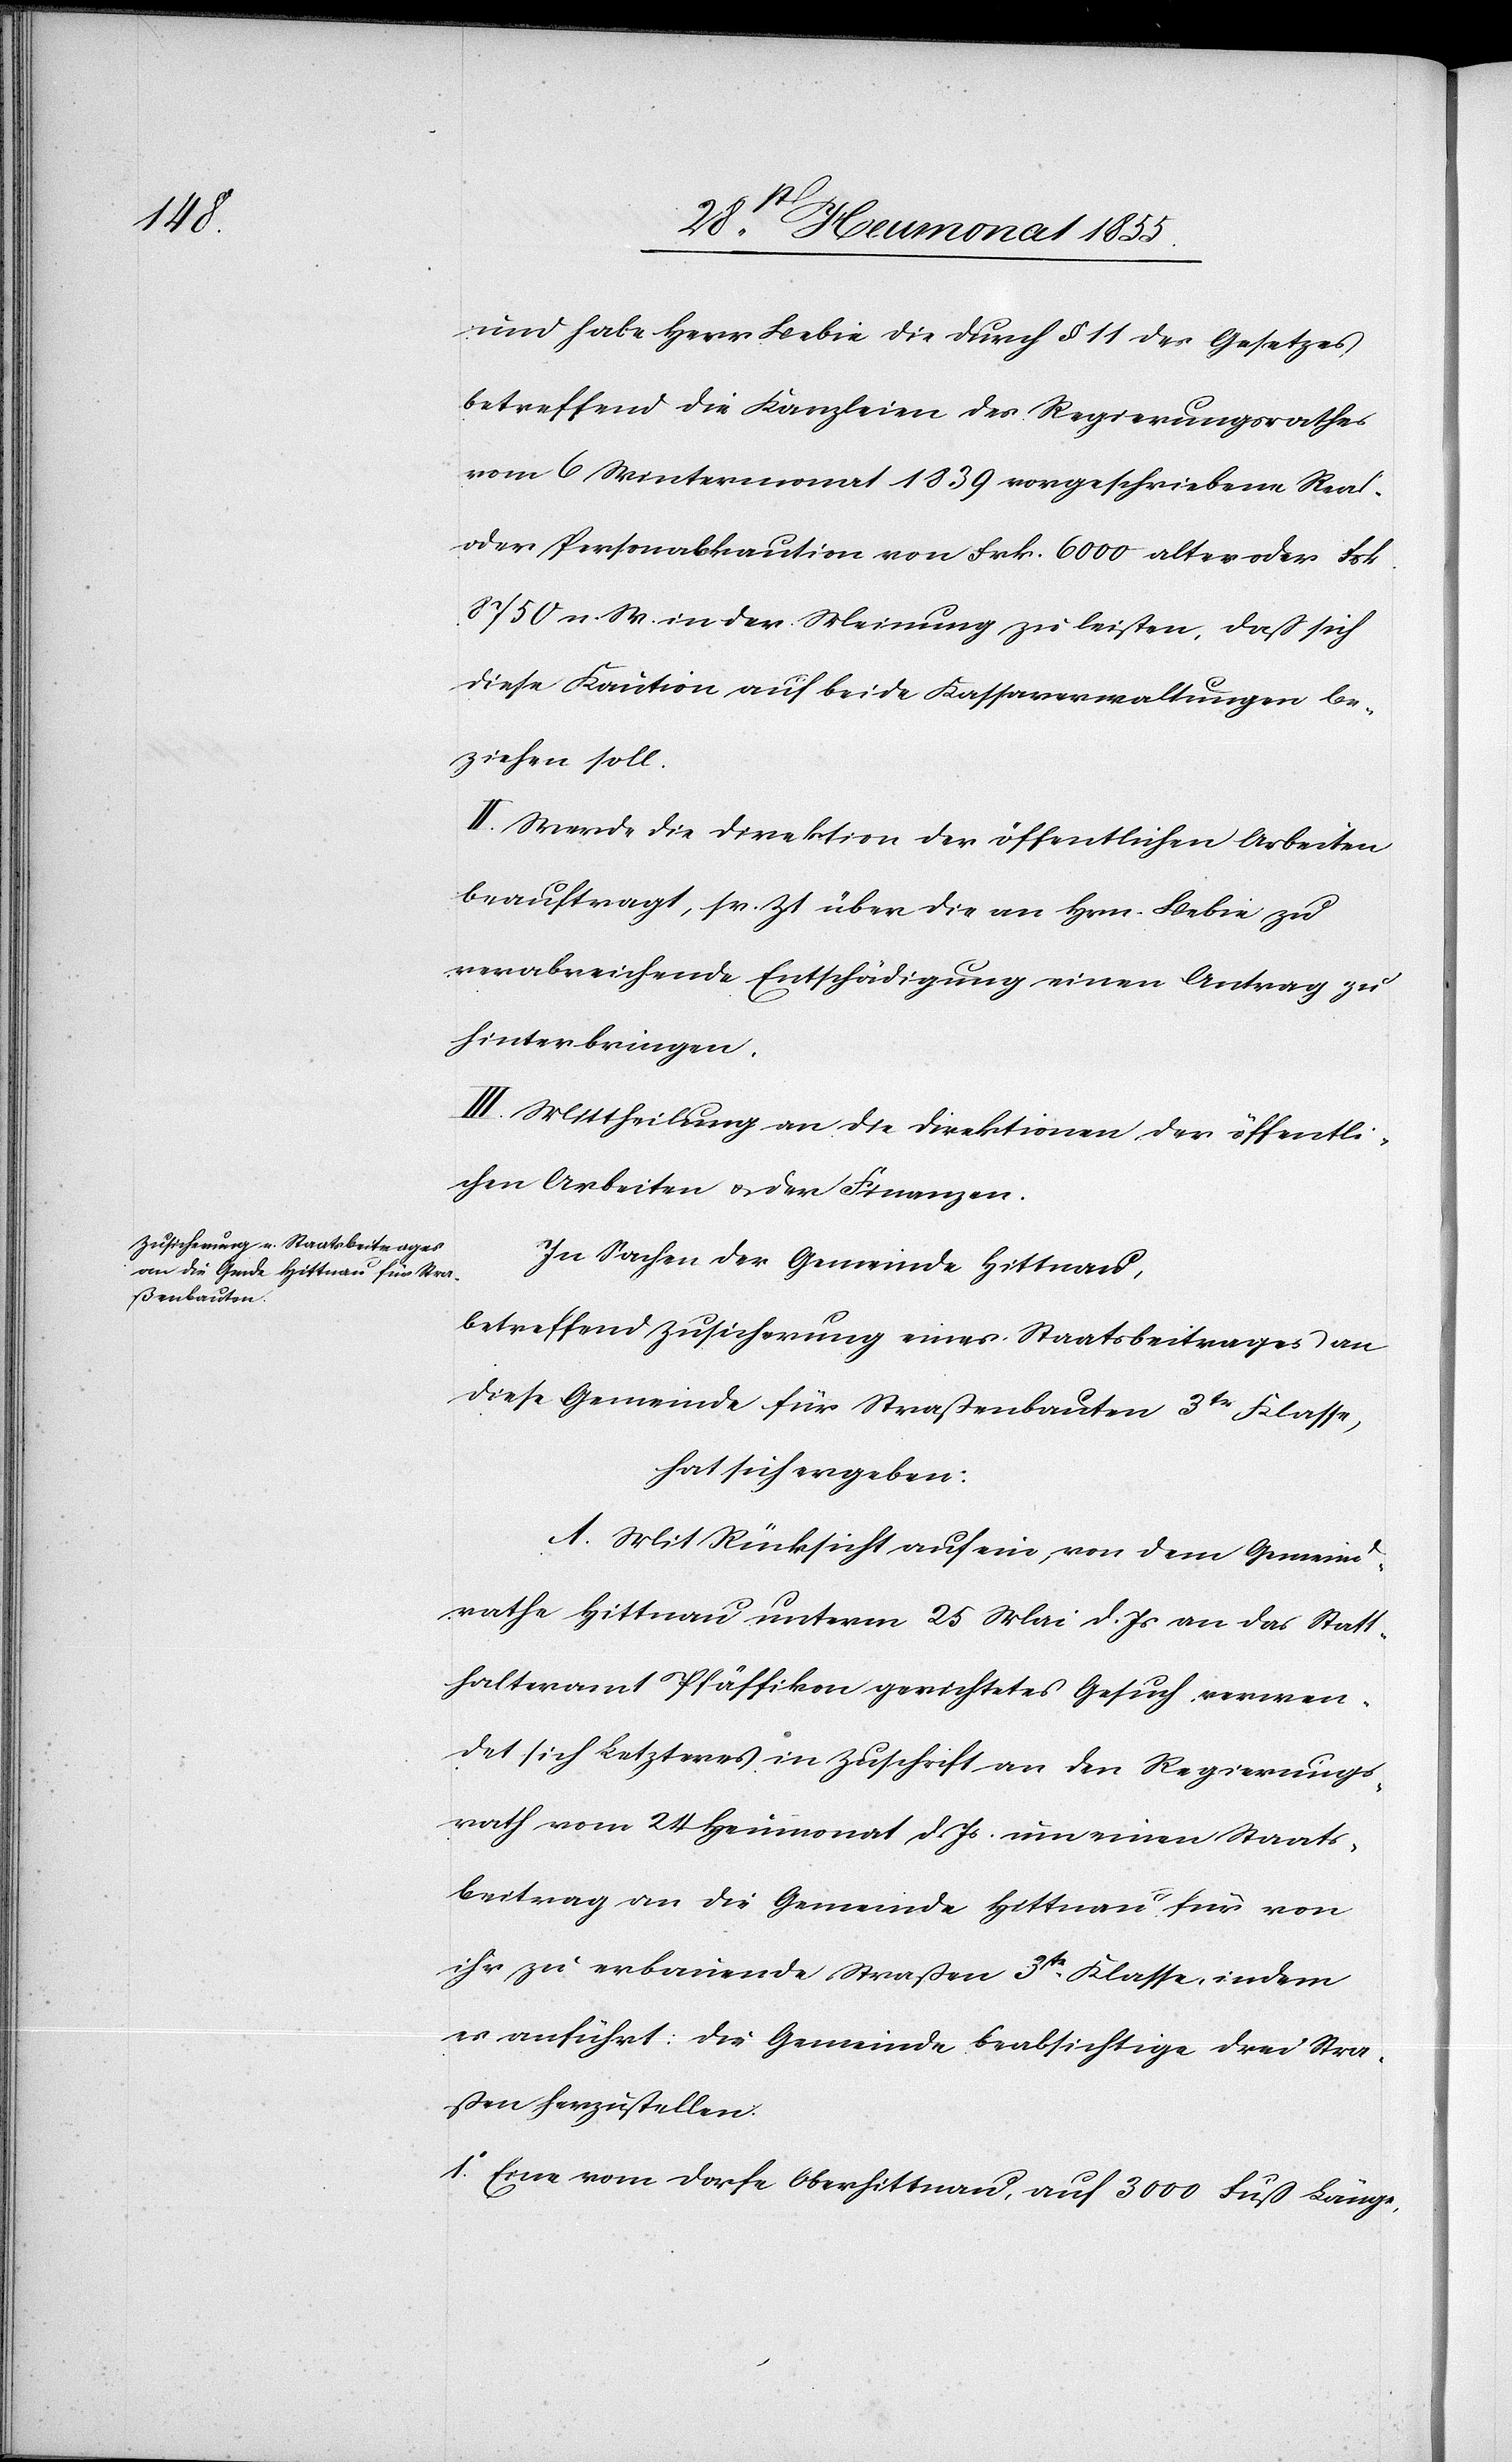
1o.

und habe Herr Bebie die durch § 11 des Gesetzes
betreffend die Kanzleien des Regierungsrathes
vom 6 Wintermonat 1839 vorgeschriebene Real-
oder Personalkaution von Frk. 6000 alter oder Frk.
8750 n. W. in der Meinung zu leisten, daß sich
diese Kaution auf beide Kassaverwaltungen be¬
ziehen soll.
II. Werde die Direktion der öffentlichen Arbeiten
beauftragt, sr. Zt über die an Hrn. Bebie zu
verabreichende Entschädigung einen Antrag zu
hinterbringen.
III. Mittheilung an die Direktionen der öffentli¬
chen Arbeiten & der Finanzen.
In Sachen der Gemeinde Hittnau,
betreffend Zusicherung eines Staatsbeitrages an
diese Gemeinde für Straßenbauten 3tr Klasse,
hat sich ergeben:
A. Mit Rücksicht auf ein, von dem Gemeind¬
rathe Hittnau unterm 25 Mai d. Js an das Statt¬
halteramt Pfäffikon gerichtetes Gesuch verwen¬
det sich Letzteres in Zuschrift an den Regierungs¬
rath vom 24 Heumonat d. Js. um einen Staats¬
beitrag an die Gemeinde Hittnau für von
ihr zu erbauende Straßen 3tr. Klasse, indem
es anführt: Die Gemeinde beabsichtige drei Stra¬
ßen herzustellen:
Eine vom Dorfe Oberhittnau, auf 3000 Fuß Länge,